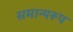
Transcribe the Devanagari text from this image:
समान्यरूप